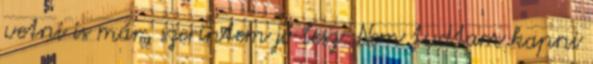
vetni is már, szerintem jó lesz. Nem tudtam kapni